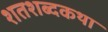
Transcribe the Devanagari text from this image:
शतशब्दकथा